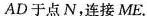
AD于点N，连接ME。